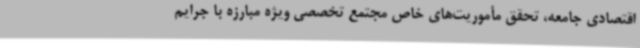
اقتصادی جامعه، تحقق مأموریت‌های خاص مجتمع تخصصی ویژه مبارزه با جرایم